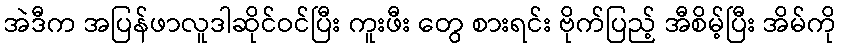
အဲဒီက အပြန်ဖာလူဒါဆိုင်ဝင်ပြီး ကူးဖီး တွေ စားရင်း ဗိုက်ပြည့် အီစိမ့်ပြီး အိမ်ကို